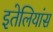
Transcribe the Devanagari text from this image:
इतेलियांस